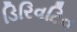
ડિરિવટિવ